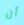
أن